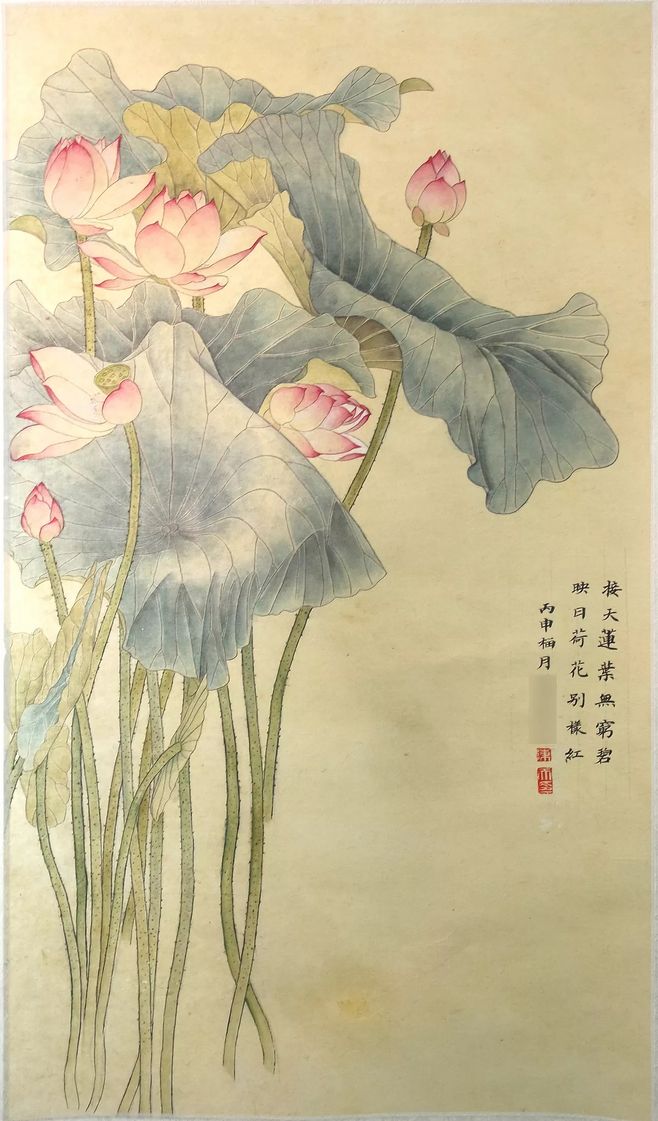
一朵芙蕖，开过尚盈盈。